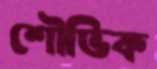
শৌভিক